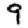
Digit: 9